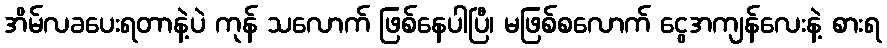
အိမ်လခပေးရတာနဲ့ပဲ ကုန် သလောက် ဖြစ်နေပါပြီ၊ မဖြစ်စလောက် ငွေအကျန်လေးနဲ့ စားရ